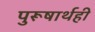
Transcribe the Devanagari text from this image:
पुरूषार्थही